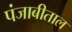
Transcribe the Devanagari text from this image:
पंजाबीताल